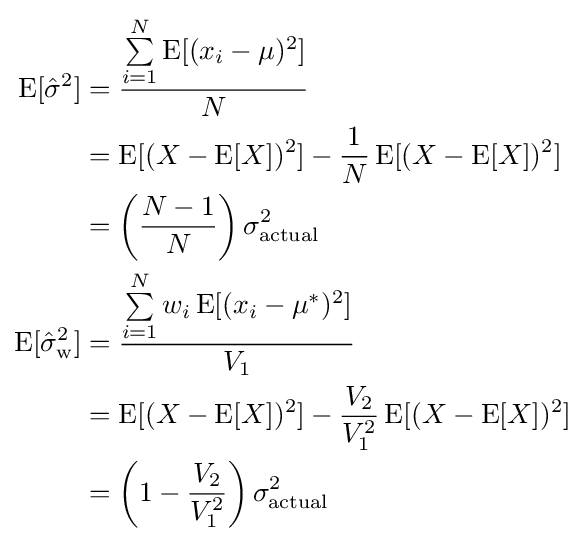
{\begin{aligned}\operatorname {E} [{\hat {\sigma }}^{2}]&={\frac {\sum \limits _{i=1}^{N}\operatorname {E} [(x_{i}-\mu )^{2}]}{N}}\\&=\operatorname {E} [(X-\operatorname {E} [X])^{2}]-{\frac {1}{N}}\operatorname {E} [(X-\operatorname {E} [X])^{2}]\\&=\left({\frac {N-1}{N}}\right)\sigma _{\text{actual}}^{2}\\\operatorname {E} [{\hat {\sigma }}_{\mathrm {w} }^{2}]&={\frac {\sum \limits _{i=1}^{N}w_{i}\operatorname {E} [(x_{i}-\mu ^{*})^{2}]}{V_{1}}}\\&=\operatorname {E} [(X-\operatorname {E} [X])^{2}]-{\frac {V_{2}}{V_{1}^{2}}}\operatorname {E} [(X-\operatorname {E} [X])^{2}]\\&=\left(1-{\frac {V_{2}}{V_{1}^{2}}}\right)\sigma _{\text{actual}}^{2}\end{aligned}}